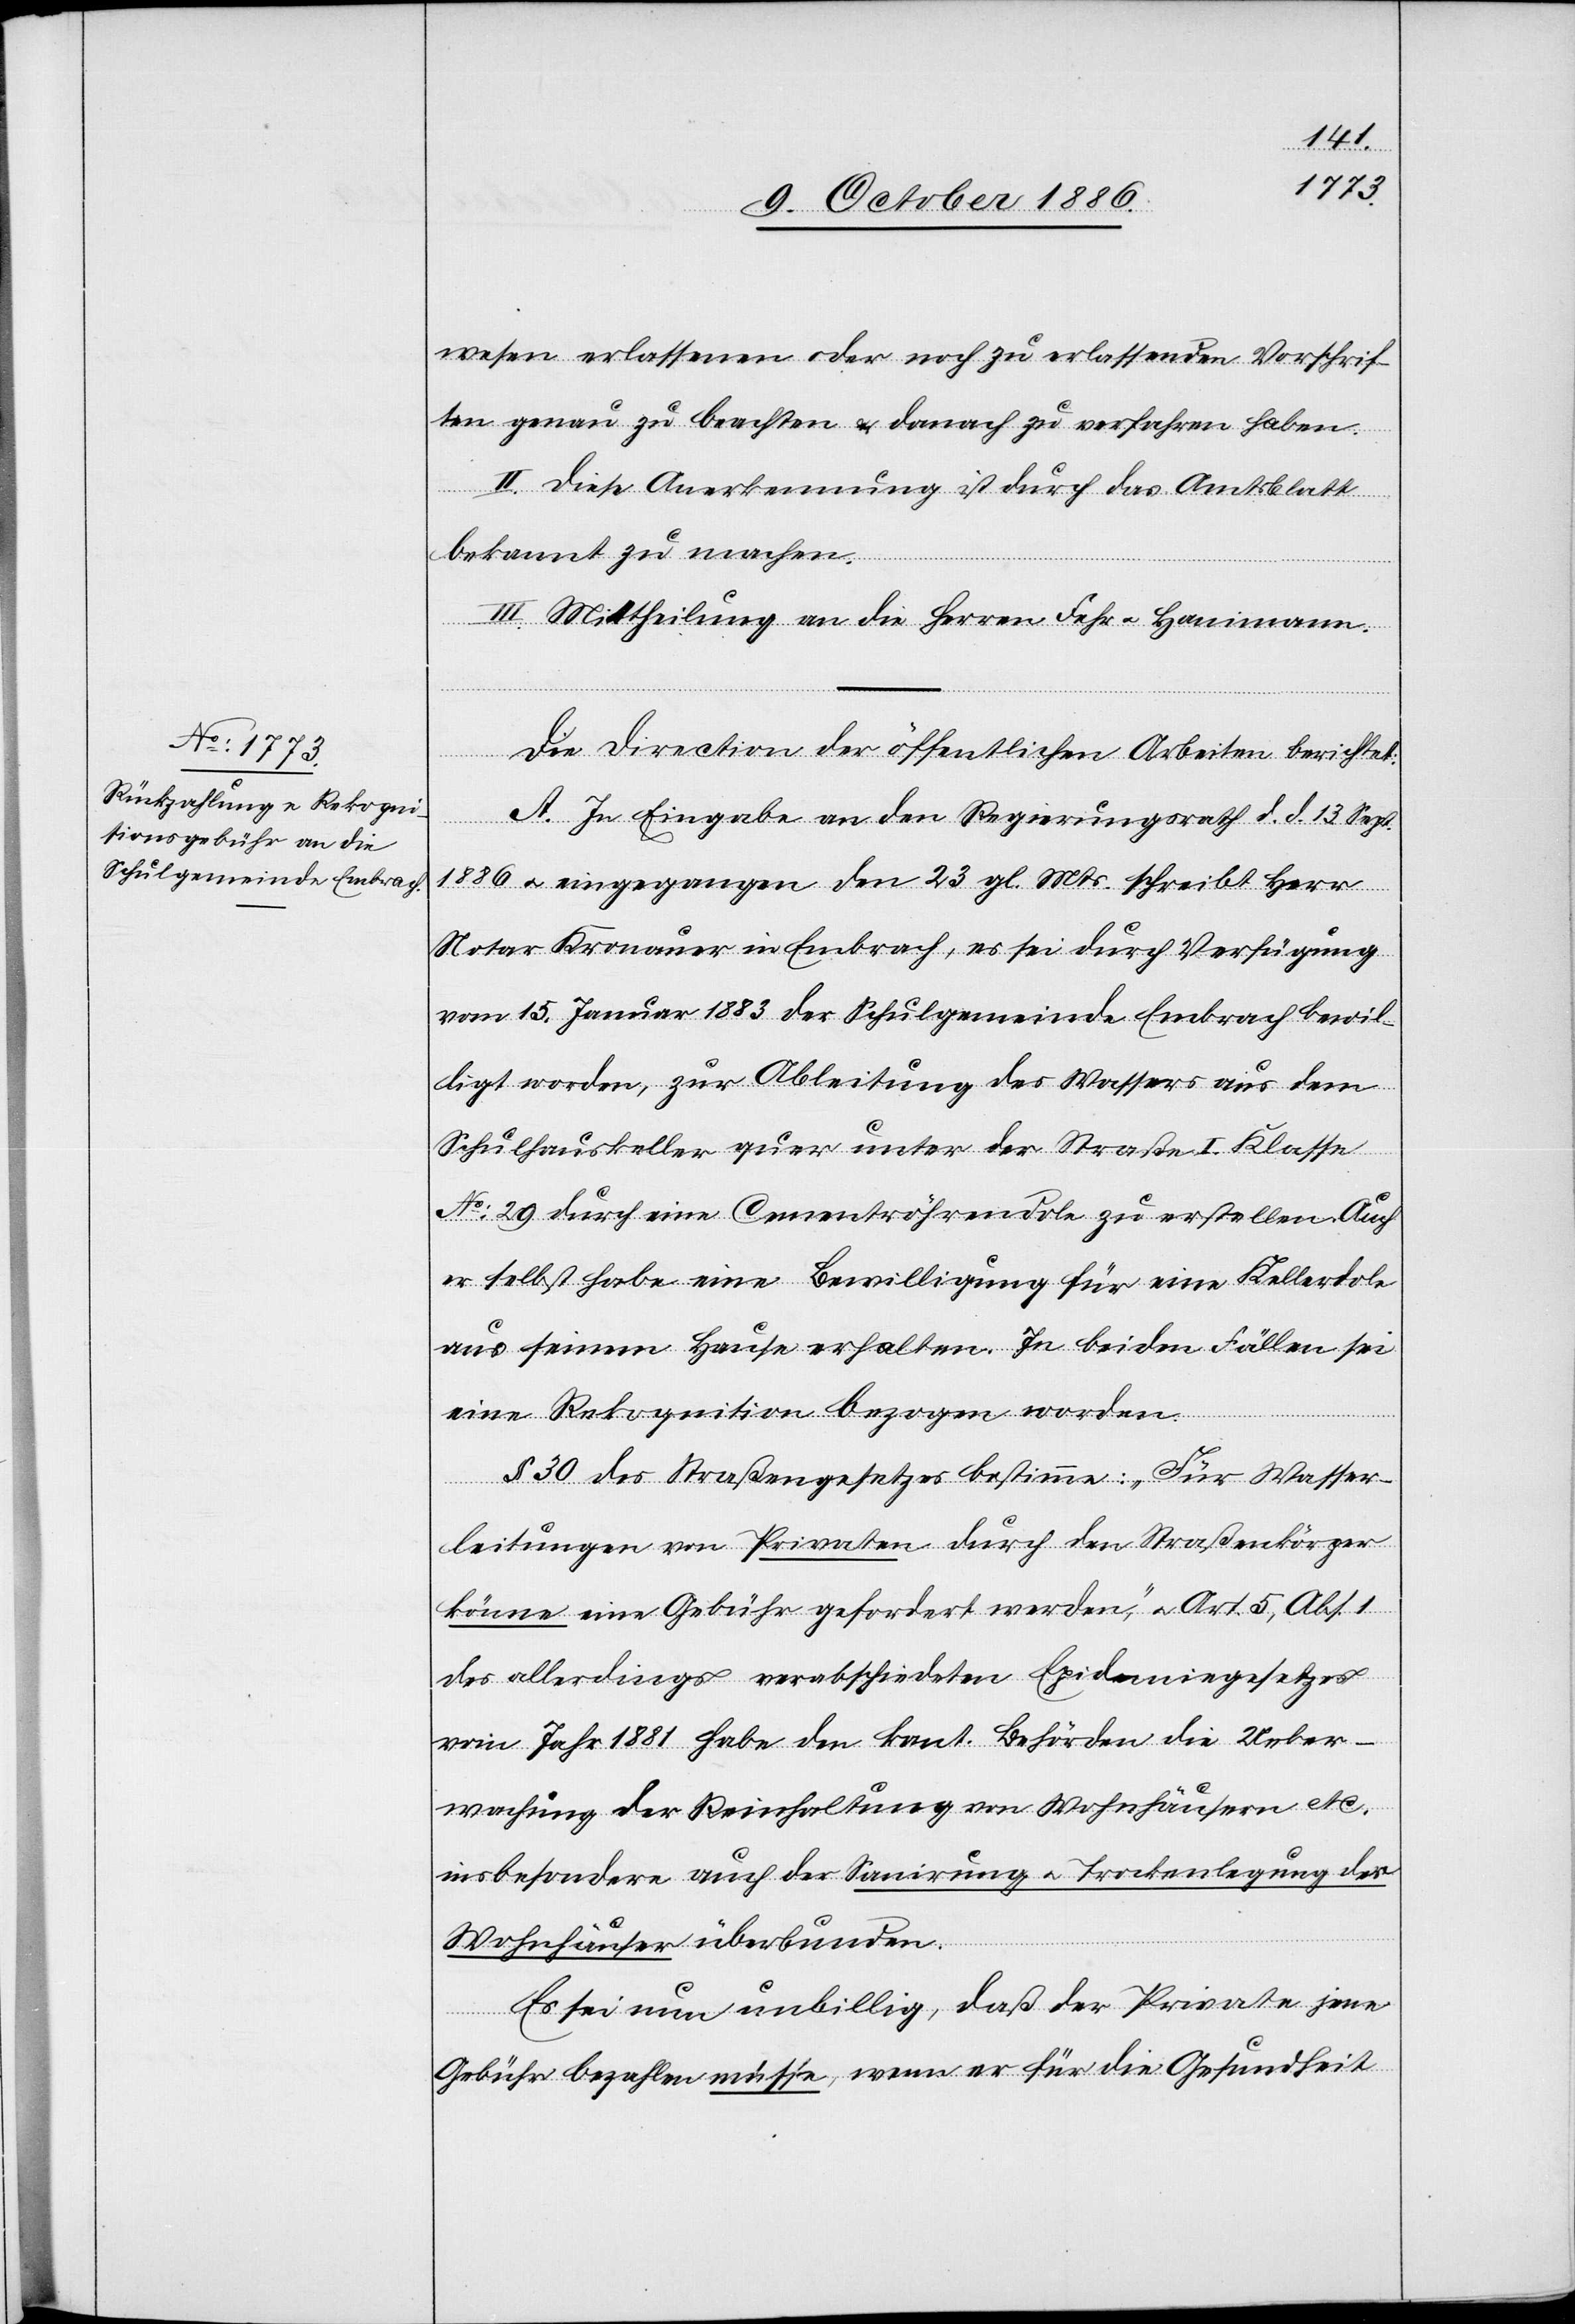
wesen erlassenen oder noch zu erlassenden Vorschrif¬
ten genau zu beachten & danach zu verfahren haben.
II. Diese Anerkennung ist durch das Amtsblatt
bekannt zu machen.
III. Mittheilung an die Herren Fehr & Hanimann.
Die Direction der öffentlichen Arbeiten berichtet:
A. In Eingabe an den Regierungsrath d. d. 13. Sept.
1886 & eingegangen den 23. gl. Mts. schreibt Herr
Notar Kronauer in Embrach, es sei durch Verfügung
vom 15. Januar 1883 der Schulgemeinde Embrach bewil¬
ligt worden, zur Ableitung des Wassers aus dem
Schulhauskeller quer unter der Straße I. Klasse
No: 29 durch eine Cementröhrendole zu erstellen. Auch
er selbst habe eine Bewilligung für eine Kellerdole
aus seinem Hause erhalten. In beiden Fällen sei
eine Rekognition bezogen worden.
§ 30 des Straßengesetzes bestimme: „Für Wasser¬
leitungen von Privaten durch den Straßenkörper
könne eine Gebühr gefordert werden“, & Art. 5, Abs. 1
des allerdings verabschiedeten Epidemiegesetzes
vom Jahr 1881 habe den kant. Behörden die Ueber¬
wachung der Reinhaltung von Wohnhäusern etc.
insbesondere auch der Sanirung & Trockenlegung der
Wohnhäuser überbunden.
Es sei nun unbillig, daß der Private jene
Gebühr bezahlen müsse, wenn er für die Gesundheit